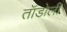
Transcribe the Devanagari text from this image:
तॉडोली